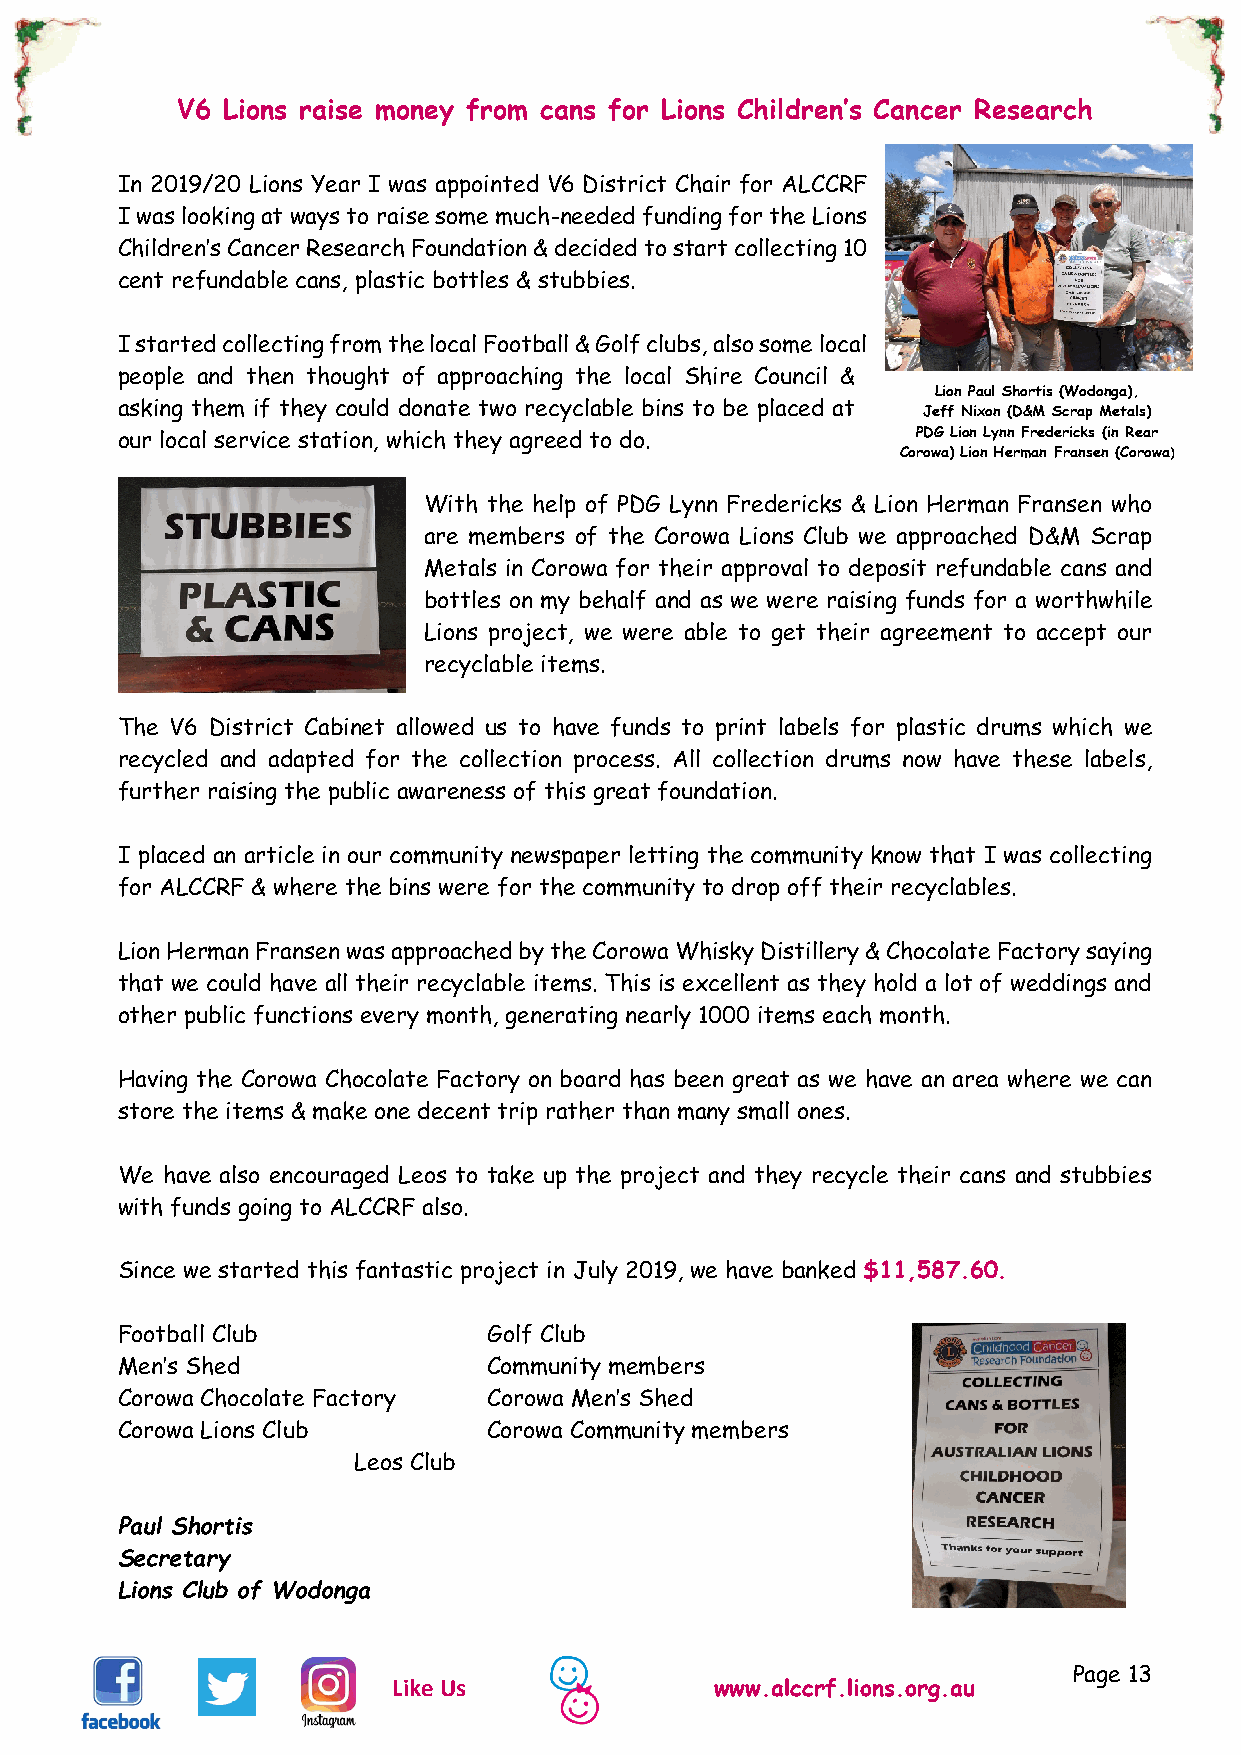
V6 Lions raise money from cans for Lions Children’s Cancer Research
 In 2019/20 Lions Year I was appointed V6 District Chair for ALCCRF
 I was looking at ways to raise some much-needed funding for the Lions
 Children’s Cancer Research Foundation & decided to start collecting 10
 cent refundable cans, plastic bottles & stubbies.
 I started collecting from the local Football & Golf clubs, also some local
 people and then thought of approaching the local Shire Council &
 Lion Paul Shortis (Wodonga),
 asking them if they could donate two recyclable bins to be placed at Jeff Nixon (D&M Scrap Metals)
 our local service station, which they agreed to do.  PDG Lion Lynn Fredericks (in Rear
 Corowa) Lion Herman Fransen (Corowa)
 With the help of PDG Lynn Fredericks & Lion Herman Fransen who
 are members of the Corowa Lions Club we approached D&M Scrap
 Metals in Corowa for their approval to deposit refundable cans and
 bottles on my behalf and as we were raising funds for a worthwhile
 Lions project, we were able to get their agreement to accept our
 recyclable items.
 The V6 District Cabinet allowed us to have funds to print labels for plastic drums which we
 recycled and adapted for the collection process. All collection drums now have these labels,
 further raising the public awareness of this great foundation.
 I placed an article in our community newspaper letting the community know that I was collecting
 for ALCCRF & where the bins were for the community to drop off their recyclables.
 Lion Herman Fransen was approached by the Corowa Whisky Distillery & Chocolate Factory saying
 that we could have all their recyclable items. This is excellent as they hold a lot of weddings and
 other public functions every month, generating nearly 1000 items each month.
 Having the Corowa Chocolate Factory on board has been great as we have an area where we can
 store the items & make one decent trip rather than many small ones.
 We have also encouraged Leos to take up the project and they recycle their cans and stubbies
 with funds going to ALCCRF also.
 Since we started this fantastic project in July 2019, we have banked $11,587.60.
 Football Club           Golf Club
 Men’s Shed              Community members
 Corowa Chocolate Factory Corowa Men’s Shed
 Corowa Lions Club       Corowa Community members
 Leos Club
 Paul Shortis
 Secretary
 Lions Club of Wodonga
 Page 13
 Like Us              www.alccrf.lions.org.au